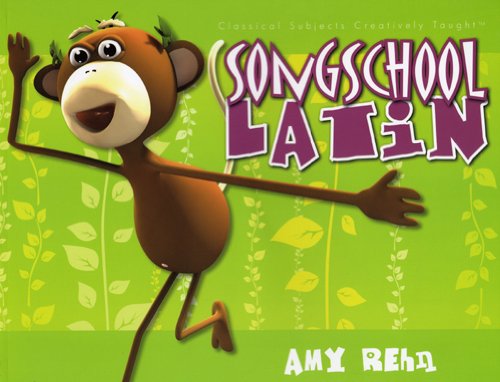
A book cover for Song School Latin (Student Book and CD) (English and Latin Edition); Amy Rehn; Children's Books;